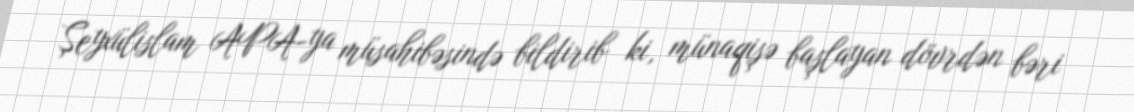
Şeyxülislam APA-ya müsahibəsində bildirib ki, münaqişə başlayan dövrdən bəri